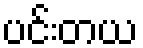
ပင်းတယ